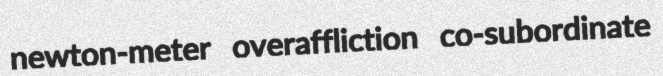
newton-meter overaffliction co-subordinate